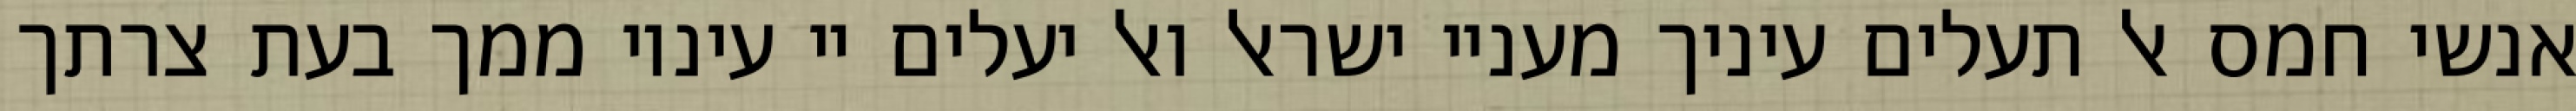
אנשי חמס אל תעלים עיניך מעניי ישראל ואל יעלים יי עיניו ממך בעת צרתך